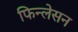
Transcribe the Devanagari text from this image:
फिन्लेसन